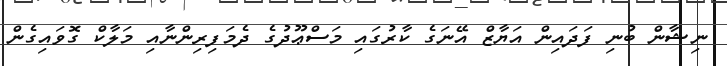
ނިޝާން ބުނި ފަދައިން އަޔާޒް އޭނަގެ ކާރުގައި މަސްޢޫދުގެ ދެމަފިރިންނާއި މަލާކް ގޮވައިގެން